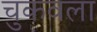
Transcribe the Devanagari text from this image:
चुकवला